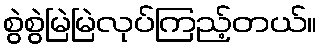
စွဲစွဲမြဲမြဲလုပ်ကြည့်တယ်။